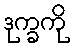
ဒုက္ခကို